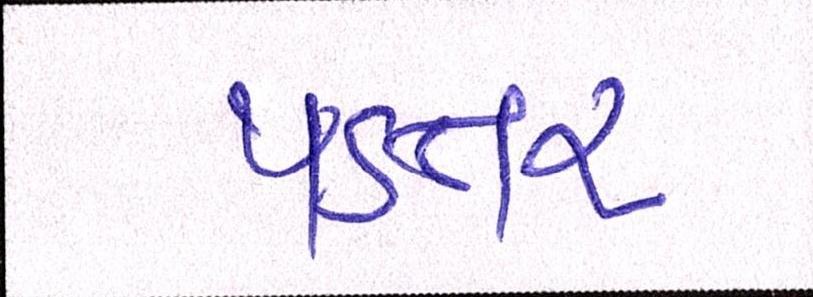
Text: પડતર